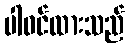
ပါဝင်ထားသည်